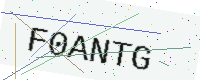
Text: F0ANTG